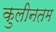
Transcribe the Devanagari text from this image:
कुलीनतम